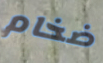
ضخام